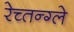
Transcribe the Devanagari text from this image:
रेच्तन्ग्ले